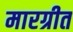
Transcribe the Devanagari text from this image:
मारग्रीत